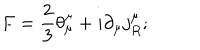
F = \frac { 2 } { 3 } \theta _ { \mu } ^ { \mu } + i \partial _ { \mu } j _ { R } ^ { \mu } ;